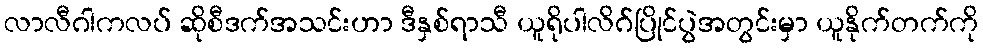
လာလီဂါကလပ် ဆိုစီဒက်အသင်းဟာ ဒီနှစ်ရာသီ ယူရိုပါလိဂ်ပြိုင်ပွဲအတွင်းမှာ ယူနိုက်တက်ကို